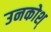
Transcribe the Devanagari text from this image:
उनकोश्